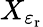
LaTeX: X_{\varepsilon_{\mathrm{r}}}